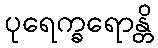
ပုရေက္ခရောန္တိ